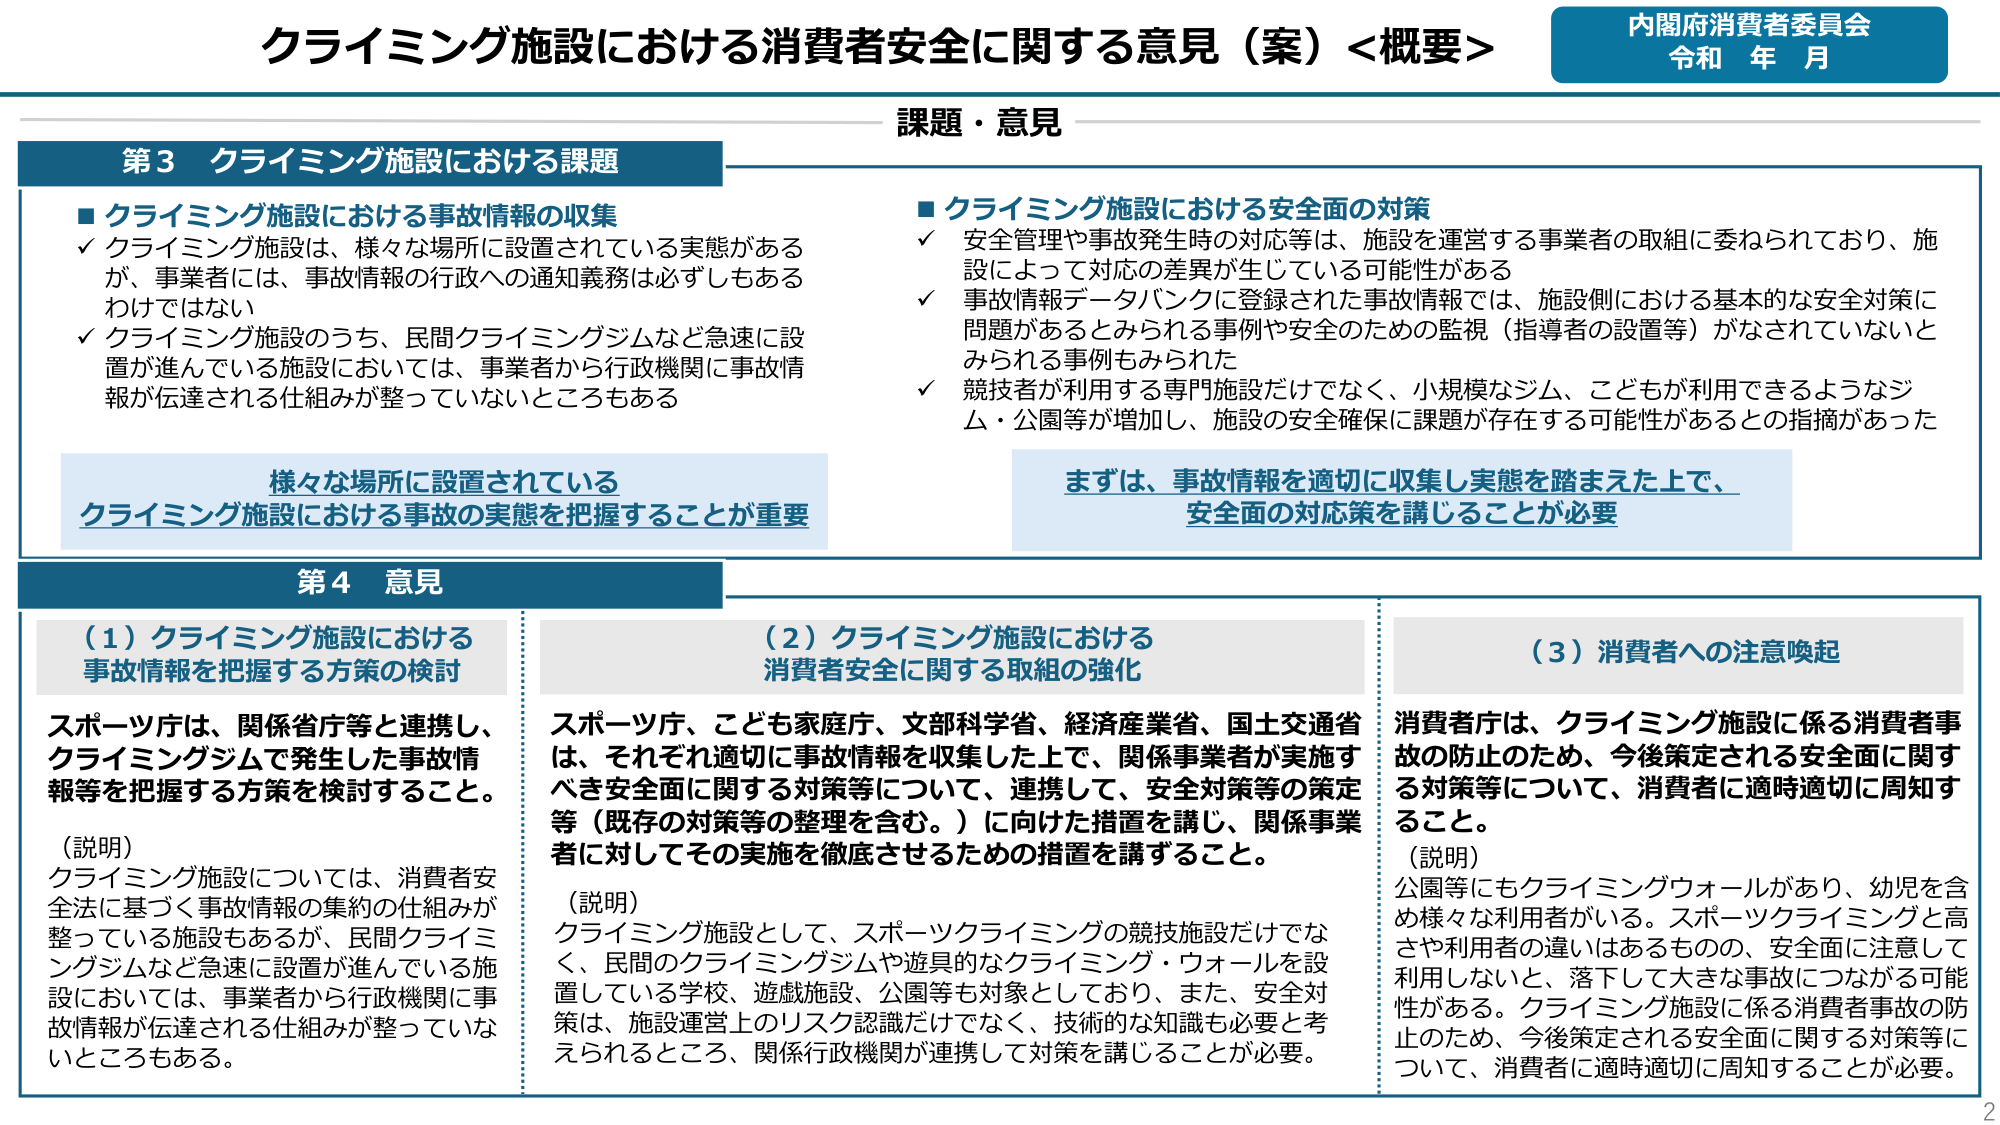
クライミング施設における消費者安全に関する意見（案）＜概要＞
内閣府消費者委員会
令和 年 月

課題・意見

第3 クライミング施設における課題

■ クライミング施設における事故情報の収集
✓ クライミング施設は、様々な場所に設置されている実態があるが、事業者には、事故情報の行政への通知義務は必ずしもあらわではない
✓ クライミング施設のうち、民間クライミングジムなど急速に設置が進んでいる施設においては、事業者から行政機関に事故情報が伝達される仕組みが整っていないところもある

■ クライミング施設における安全面の対策
✓ 安全管理や事故発生時の対応等は、施設を運営する事業者の取組に委ねられており、施設によって対応の差異が生じている可能性がある
✓ 事故情報データバンクに登録された事故情報では、施設側における基本的な安全対策に問題があるとみられる事例や安全のための監視（指導者の設置等）がなされていないとみられる事例もみられた
✓ 競技者が利用する専門施設だけでなく、小規模なジム、こどもが利用できるようなジム・公園等が増加し、施設の安全確保に課題が存在する可能性があるとの指摘があった

様々な場所に設置されている
クライミング施設における事故の実態を把握することが重要

まずは、事故情報を適切に収集し実態を踏まえた上で、
安全面の対応策を講じることが必要

第4 意見

（1）クライミング施設における事故情報を把握する方策の検討
スポーツ庁は、関係省庁等と連携し、クライミングジムで発生した事故情報等を把握する方策を検討すること。

（説明）
クライミング施設については、消費者安全法に基づく事故情報の集約の仕組みが整っている施設もあるが、民間クライミングジムなど急速に設置が進んでいる施設においては、事業者から行政機関に事故情報が伝達される仕組みが整っていないところもある。

（2）クライミング施設における消費者安全に関する取組の強化
スポーツ庁、こども家庭庁、文部科学省、経済産業省、国土交通省は、それぞれ適切に事故情報を収集した上で、関係事業者が実施すべき安全面に関する対策等について、連携して、安全対策等の策定等（既存の対策等の整理を含む。）に向けた措置を講じ、関係事業者に対してその実施を徹底させるための措置を講ずること。

（説明）
クライミング施設として、スポーツクライミングの競技施設だけでなく、民間のクライミングジムや遊具的なクライミング・ウォールを設置している学校、遊戯施設、公園等も対象としており、また、安全対策は、施設運営上のリスク認識だけでなく、技術的な知識も必要と考えられるところ、関係行政機関が連携して対策を講じることが必要。

（3）消費者への注意喚起
消費者庁は、クライミング施設に係る消費者事故の防止のため、今後策定される安全面に関する対策等について、消費者に適時適切に周知すること。

（説明）
公園等にもクライミングウォールがあり、幼児を含め様々な利用者がいる。スポーツクライミングと高さや利用者の違いはあるものの、安全面に注意して利用しないと、落下して大きな事故につながる可能性がある。クライミング施設に係る消費者事故の防止のため、今後策定される安全面に関する対策等について、消費者に適時適切に周知することが必要。

2